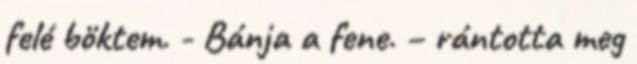
felé böktem. - Bánja a fene. – rántotta meg